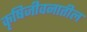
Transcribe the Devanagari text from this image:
कृषिजीवनातील